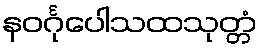
နဝင်္ဂုပေါသထသုတ္တံ